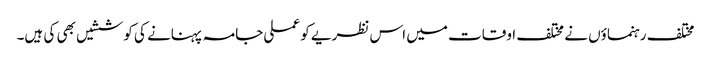
مختلف رہنماؤں نے مختلف اوقات میں اس نظریے کو عملی جامہ پہنانے کی کوششیں بھی کی ہیں۔